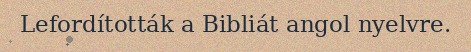
Lefordították a Bibliát angol nyelvre.